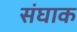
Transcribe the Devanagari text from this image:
संघाक